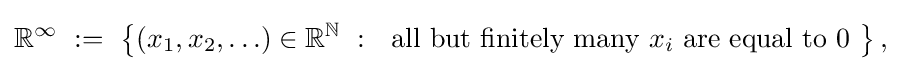
{\begin{alignedat}{4}\mathbb {R} ^{\infty }~&:=~\left\{\left(x_{1},x_{2},\ldots \right)\in \mathbb {R} ^{\mathbb {N} }~:~{\text{ all but finitely many }}x_{i}{\text{ are equal to 0 }}\right\},\end{alignedat}}